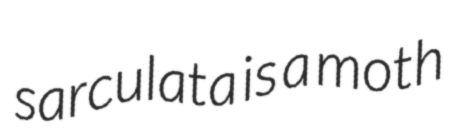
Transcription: sarculata is a moth